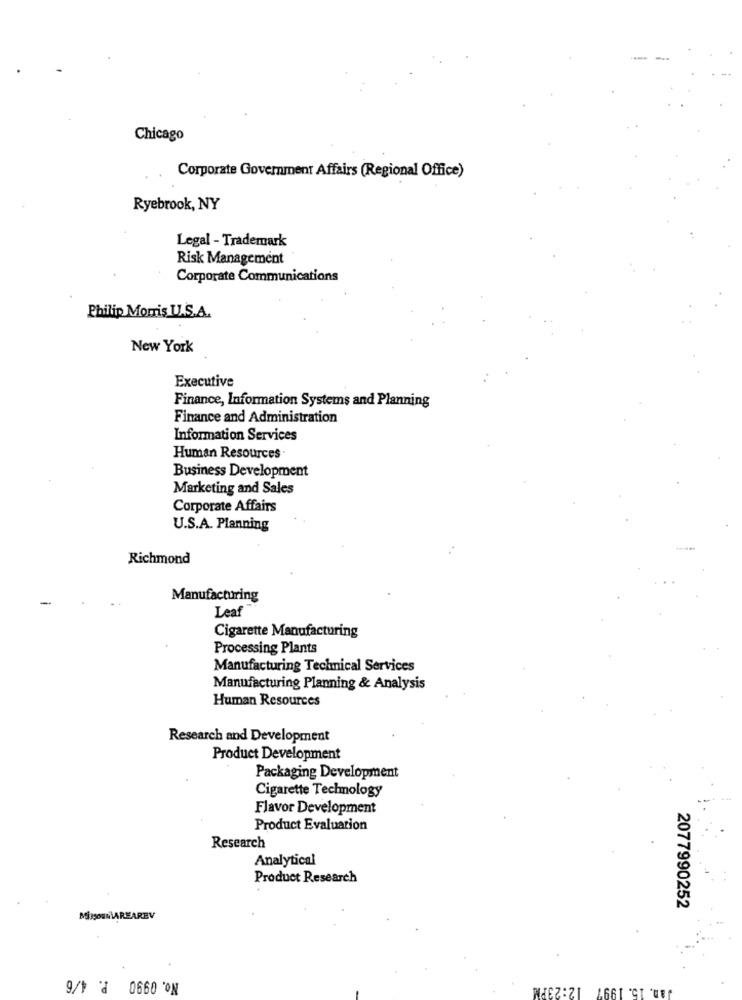
Chicago
Corporate Government Affairs (Regional Office)
Ryebrook, NY
Legal - Trademark
Risk Management
Corporate Communications
Philip Morris U.S.A.
New York
Executive
Finance, Information Systems and Planning
Finance and Administration
Information Services
Human Resources.
Business Development
Marketing and Sales
Corporate Affairs
U.S.A. Planning
Richmond
Manufacturing
Leaf
Cigarette Manufacturing
Processing Plants
Manufacturing Technical Services
Manufacturing Planning & Analysis
Human Resources
Research and Development
Product Development
Packaging Development
Cigarette Technology
Flavor Development
Product Evaluation
Research
Analytical
Product Research
2077990252
MINSONNiAREAREV
No. 0990 P. 4/6
WICZ :21
1.661 "CI "UEf